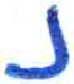
אות: נ